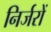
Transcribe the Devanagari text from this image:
निर्जरों